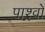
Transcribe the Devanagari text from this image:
पाश्र्वो